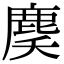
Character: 䴠